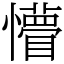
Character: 懵